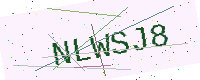
Text: NLWSJ8